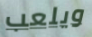
ويلعب